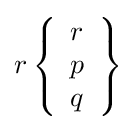
r\left\{{\begin{array}{l}r\\p\\q\end{array}}\right\}